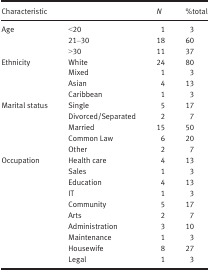
<table><thead><tr><td colspan="2"><b>Characteristic</b></td><td><b><i>N</i></b></td><td><b>%total</b></td></tr></thead><tbody><tr><td rowspan="3">Age</td><td>&lt;20</td><td>1</td><td>3</td></tr><tr><td>21–30</td><td>18</td><td>60</td></tr><tr><td>&gt;30</td><td>11</td><td>37</td></tr><tr><td rowspan="4">Ethnicity</td><td>White</td><td>24</td><td>80</td></tr><tr><td>Mixed</td><td>1</td><td>3</td></tr><tr><td>Asian</td><td>4</td><td>13</td></tr><tr><td>Caribbean</td><td>1</td><td>3</td></tr><tr><td rowspan="5">Marital status</td><td>Single</td><td>5</td><td>17</td></tr><tr><td>Divorced/Separated</td><td>2</td><td>7</td></tr><tr><td>Married</td><td>15</td><td>50</td></tr><tr><td>Common Law</td><td>6</td><td>20</td></tr><tr><td>Other</td><td>2</td><td>7</td></tr><tr><td rowspan="10">Occupation</td><td>Health care</td><td>4</td><td>13</td></tr><tr><td>Sales</td><td>1</td><td>3</td></tr><tr><td>Education</td><td>4</td><td>13</td></tr><tr><td>IT</td><td>1</td><td>3</td></tr><tr><td>Community</td><td>5</td><td>17</td></tr><tr><td>Arts</td><td>2</td><td>7</td></tr><tr><td>Administration</td><td>3</td><td>10</td></tr><tr><td>Maintenance</td><td>1</td><td>3</td></tr><tr><td>Housewife</td><td>8</td><td>27</td></tr><tr><td>Legal</td><td>1</td><td>3</td></tr></tbody></table>